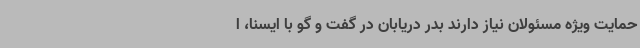
حمایت ویژه مسئولان نیاز دارند بدر دریابان در گفت و گو با ایسنا، ا